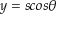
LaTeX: y = s c o s { \theta }